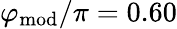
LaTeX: \varphi_{\mathrm{mod}}/\pi=0.60